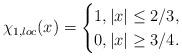
LaTeX: \begin{align*}\chi_{1,loc}(x)=\begin{cases}1, |x|\leq 2/3,\\0, |x|\geq 3/4.\end{cases}\end{align*}